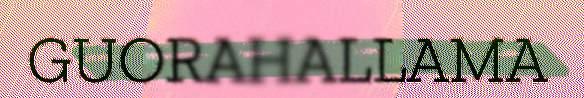
GUORAHALLAMA